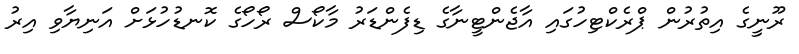
ރޫނީގެ އިތުރުން ޕްރެކްޓިހުގައި އާޖެންޓީނާގެ ޑިފެންޑަރު މާކޯސް ރޯހޯގެ ކޮނޑުހުޅަށް އަނިޔާވި އިރު